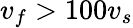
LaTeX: v_{f}>100v_{s}